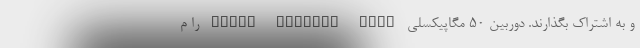
و به اشتراک‌ بگذارند. دوربین 50 مگاپیکسلی Super Sensing Wide را م